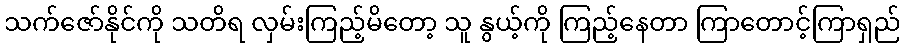
သက်ဇော်နိုင်ကို သတိရ လှမ်းကြည့်မိတော့ သူ နွယ့်ကို ကြည့်နေတာ ကြာတောင့်ကြာရှည်